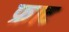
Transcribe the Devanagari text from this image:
फ्राट